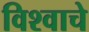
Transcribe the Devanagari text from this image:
विश्‍वाचे